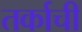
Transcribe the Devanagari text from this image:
तर्काची